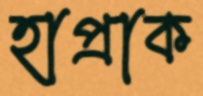
হাপ্‌রাক